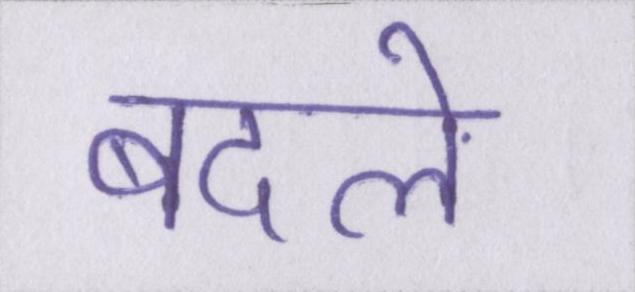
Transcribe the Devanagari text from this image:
बदले